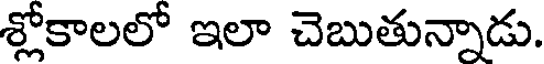
శ్లోకాలలో ఇలా చెబుతున్నాడు.